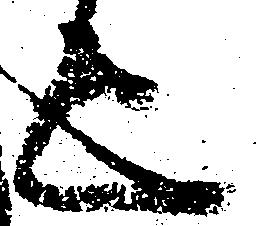
上